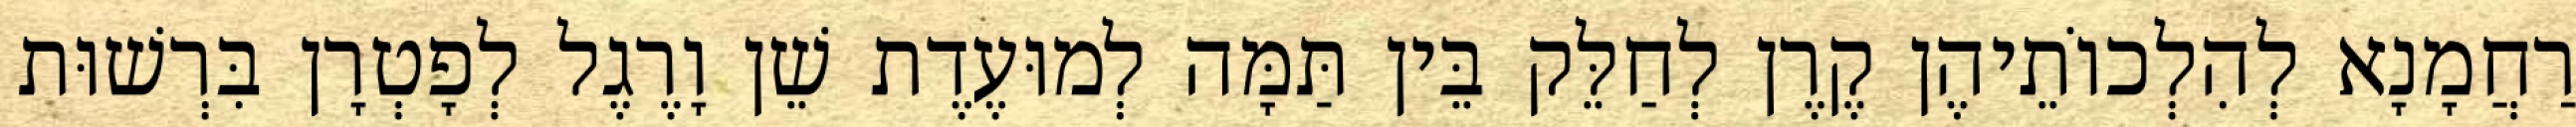
רַחֲמָנָא לְהִלְכוֹתֵיהֶן קֶרֶן לְחַלֵּק בֵּין תַּמָּה לְמוּעֶדֶת שֵׁן וָרֶגֶל לְפָטְרָן בִּרְשׁוּת